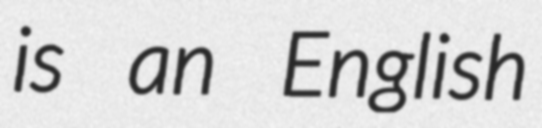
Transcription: is an English